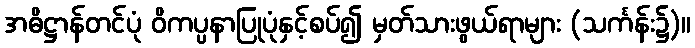
အဓိဋ္ဌာန်တင်ပုံ ဝိကပ္ပနာပြုပုံနှင့်စပ်၍ မှတ်သားဖွယ်ရာများ (သင်္ကန်း၌)။